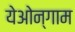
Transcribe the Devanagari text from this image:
येओन्गाम